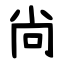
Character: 尙